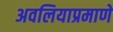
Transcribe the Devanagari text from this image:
अवलियाप्रमाणे